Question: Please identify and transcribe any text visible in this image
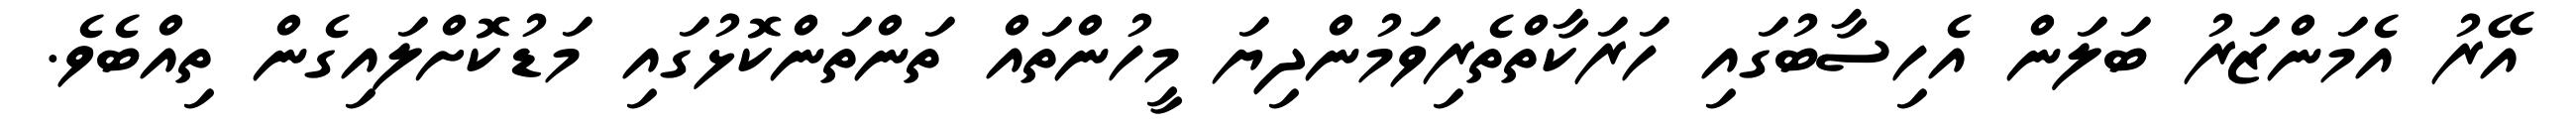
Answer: އޭރު އެމަންޒަރު ބަލަން އެހިސާބުގައި ހަރަކާތްތެރިވަމުންދިޔަ މީހުންތައް ތަންތަންކޮޅުގައި މަޑުކޮށްލައިގެން ތިއްބެވެ.